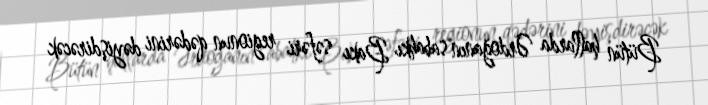
Bütün hallarda Ərdoğanın sabahkı Bakı səfəri regionun qədərini dəyişdirəcək